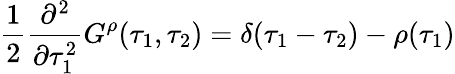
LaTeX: {\frac{1}{2}}{\frac{\partial^{2}}{\partial\tau_{1}^{2}}}G^{\rho}(\tau_{1},\tau_{2})=\delta(\tau_{1}-\tau_{2})-\rho(\tau_{1})